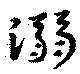
溺